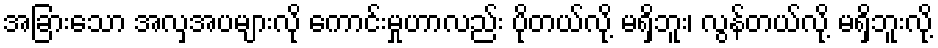
အခြားသော အလှအပများလို ကောင်းမှုဟာလည်း ပိုတယ်လို့ မရှိဘူး၊ လွန်တယ်လို့ မရှိဘူးလို့